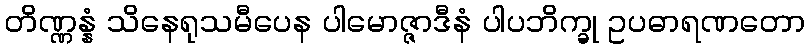
တိဏ္ဏန္နံ သိနေရုသမီပေန ပါမောဇ္ဇာဒီနံ ပါပဘိက္ခု ဥပဓာရဏတော